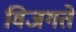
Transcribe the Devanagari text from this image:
विजगते